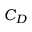
C _ { D }